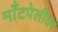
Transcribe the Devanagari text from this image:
माँटपेलीयर